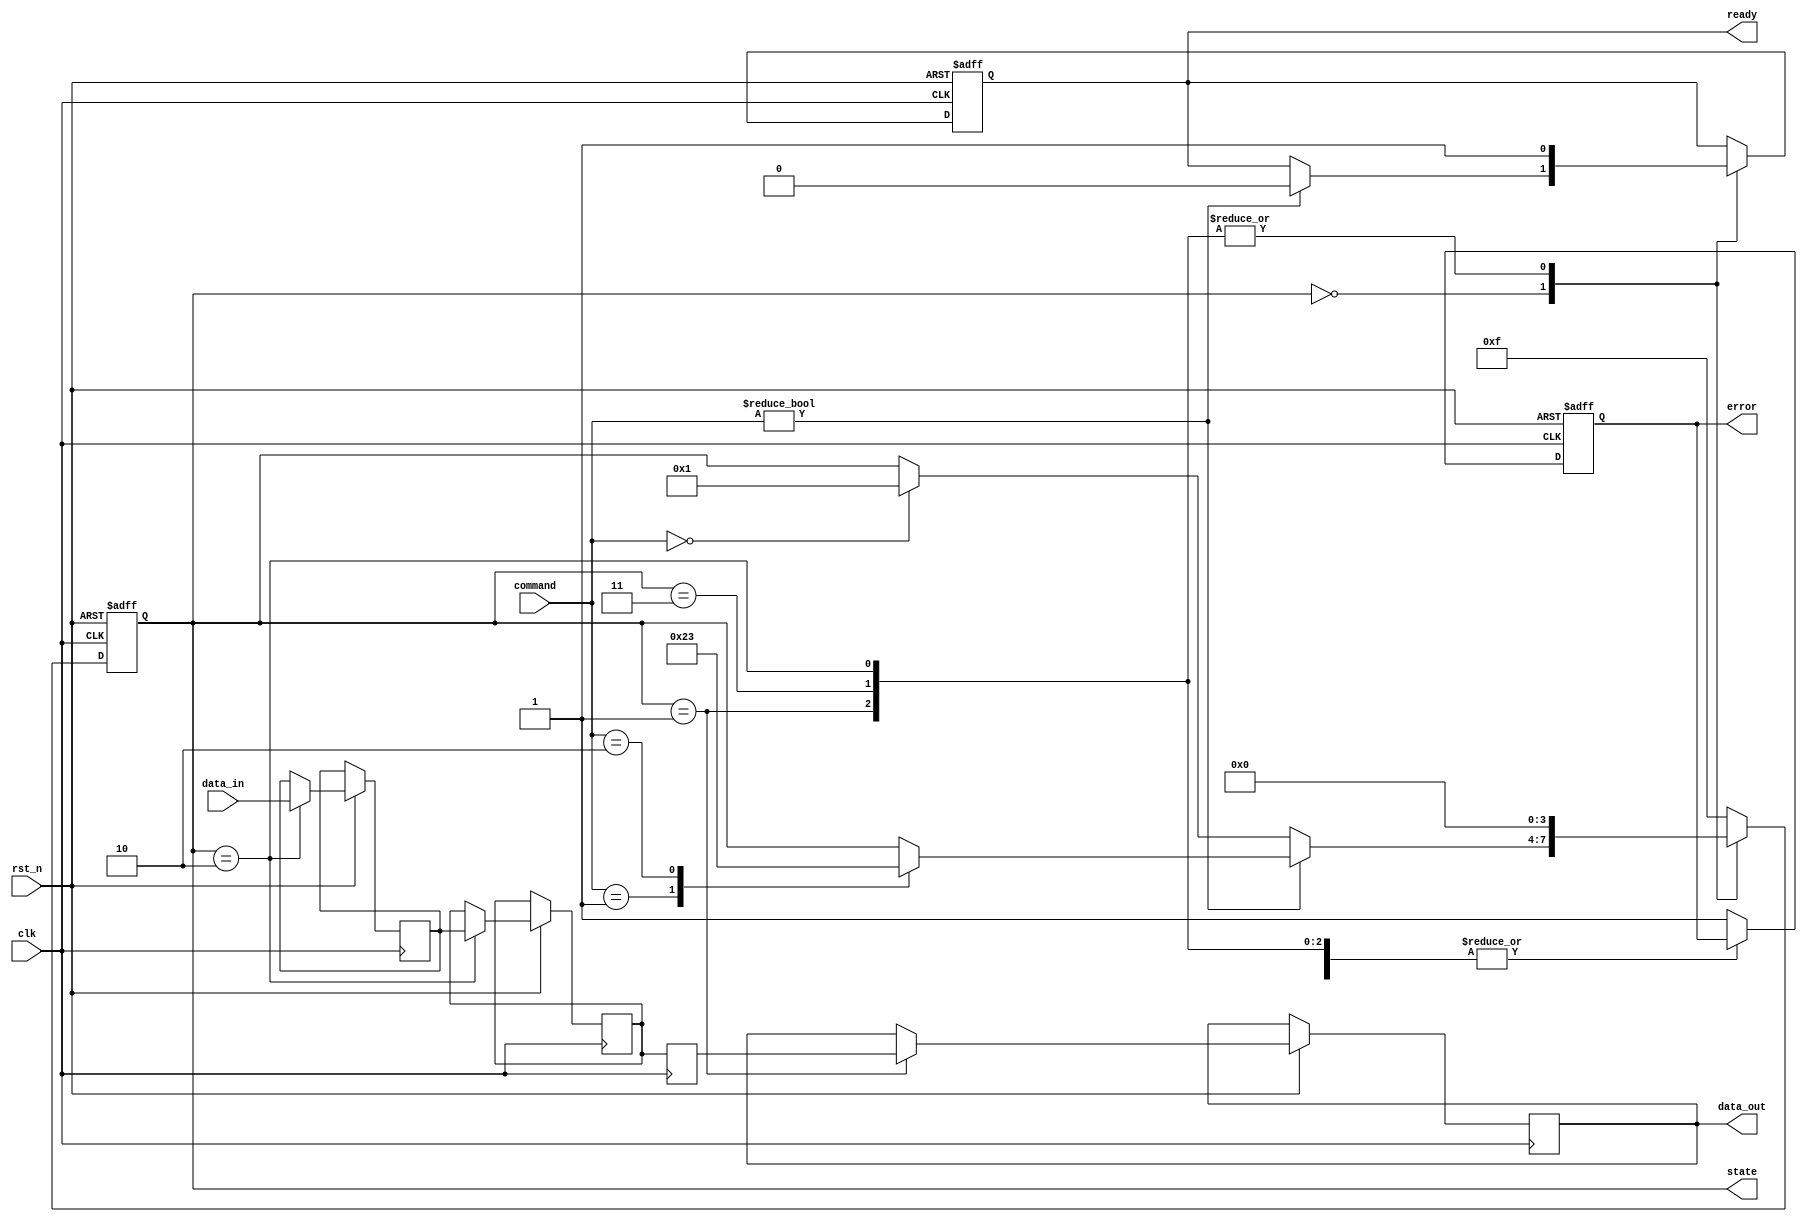
module mlc_nand_io_block (
    input wire clk,
    input wire rst_n,
    input wire [7:0] data_in,           // Data input from host
    input wire [1:0] command,           // Command: 00 - Read, 01 - Write, 10 - Erase
    output reg [7:0] data_out,          // Data output to host
    output reg ready,                   // Ready signal for host
    output reg error,                   // Error signal
    output reg [3:0] state              // Current state of the state machine
);

    // State encoding
    localparam IDLE      = 4'b0000;
    localparam READ      = 4'b0001;
    localparam WRITE     = 4'b0010;
    localparam ERASE     = 4'b0011;
    localparam ERROR     = 4'b1111;

    // Internal signals
    reg [7:0] buffer;                   // Buffer for data
    reg [7:0] encoded_data;             // Encoded data for writing
    reg [7:0] decoded_data;             // Decoded data for reading

    // Command Decoder
    always @(posedge clk or negedge rst_n) begin
        if (!rst_n) begin
            state <= IDLE;
            ready <= 1'b1;
            error <= 1'b0;
        end else begin
            case (state)
                IDLE: begin
                    if (command != 2'b00) begin
                        ready <= 1'b0;
                        case (command)
                            2'b01: state <= WRITE; // Write command
                            2'b10: state <= ERASE; // Erase command
                        endcase
                    end else if (command == 2'b00) begin
                        state <= READ; // Read command
                    end
                end

                READ: begin
                    // Simulate read operation
                    data_out <= decoded_data; // Output decoded data
                    ready <= 1'b1;             // Indicate ready for next command
                    state <= IDLE;             // Return to idle
                end

                WRITE: begin
                    // Simulate write operation
                    encoded_data <= data_in;   // Encode data
                    buffer <= encoded_data;     // Store in buffer
                    ready <= 1'b1;              // Indicate ready for next command
                    state <= IDLE;              // Return to idle
                end

                ERASE: begin
                    // Simulate erase operation
                    // (Erase logic would go here)
                    ready <= 1'b1;              // Indicate ready for next command
                    state <= IDLE;              // Return to idle
                end

                default: begin
                    state <= ERROR;            // Handle error state
                    error <= 1'b1;             // Set error flag
                end
            endcase
        end
    end

    // Encoding/Decoding Logic (simplified)
    always @(posedge clk) begin
        // Placeholder for encoding logic
        // For example, simple direct mapping for demonstration
        decoded_data <= buffer; // In a real design, this would involve voltage level mapping
    end

endmodule